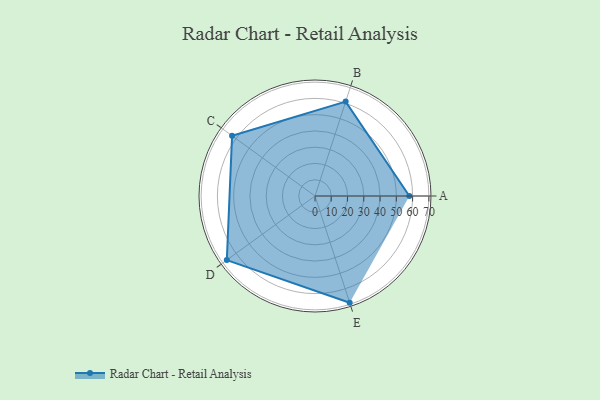
{"axis": {"x": "Skill", "y": "Score"}, "legend": ["Profile"], "data": [{"x": "A", "y": 58.0, "type": "Profile"}, {"x": "B", "y": 61.0, "type": "Profile"}, {"x": "C", "y": 63.0, "type": "Profile"}, {"x": "D", "y": 67.0, "type": "Profile"}, {"x": "E", "y": 69.0, "type": "Profile"}]}